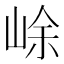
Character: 𡷣